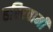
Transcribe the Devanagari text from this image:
हरिस्वामी